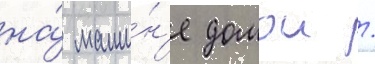
на́ маши́н'е домои /